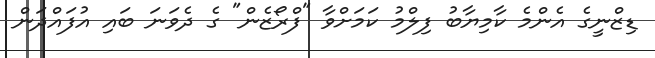
ޑިޒްނީގެ އެންމެ ކާމިޔާބު ފިލްމު ކަމަށްވާ "ފްރޯޒެން" ގެ ދެވަނަ ބައި އުފައްދަން